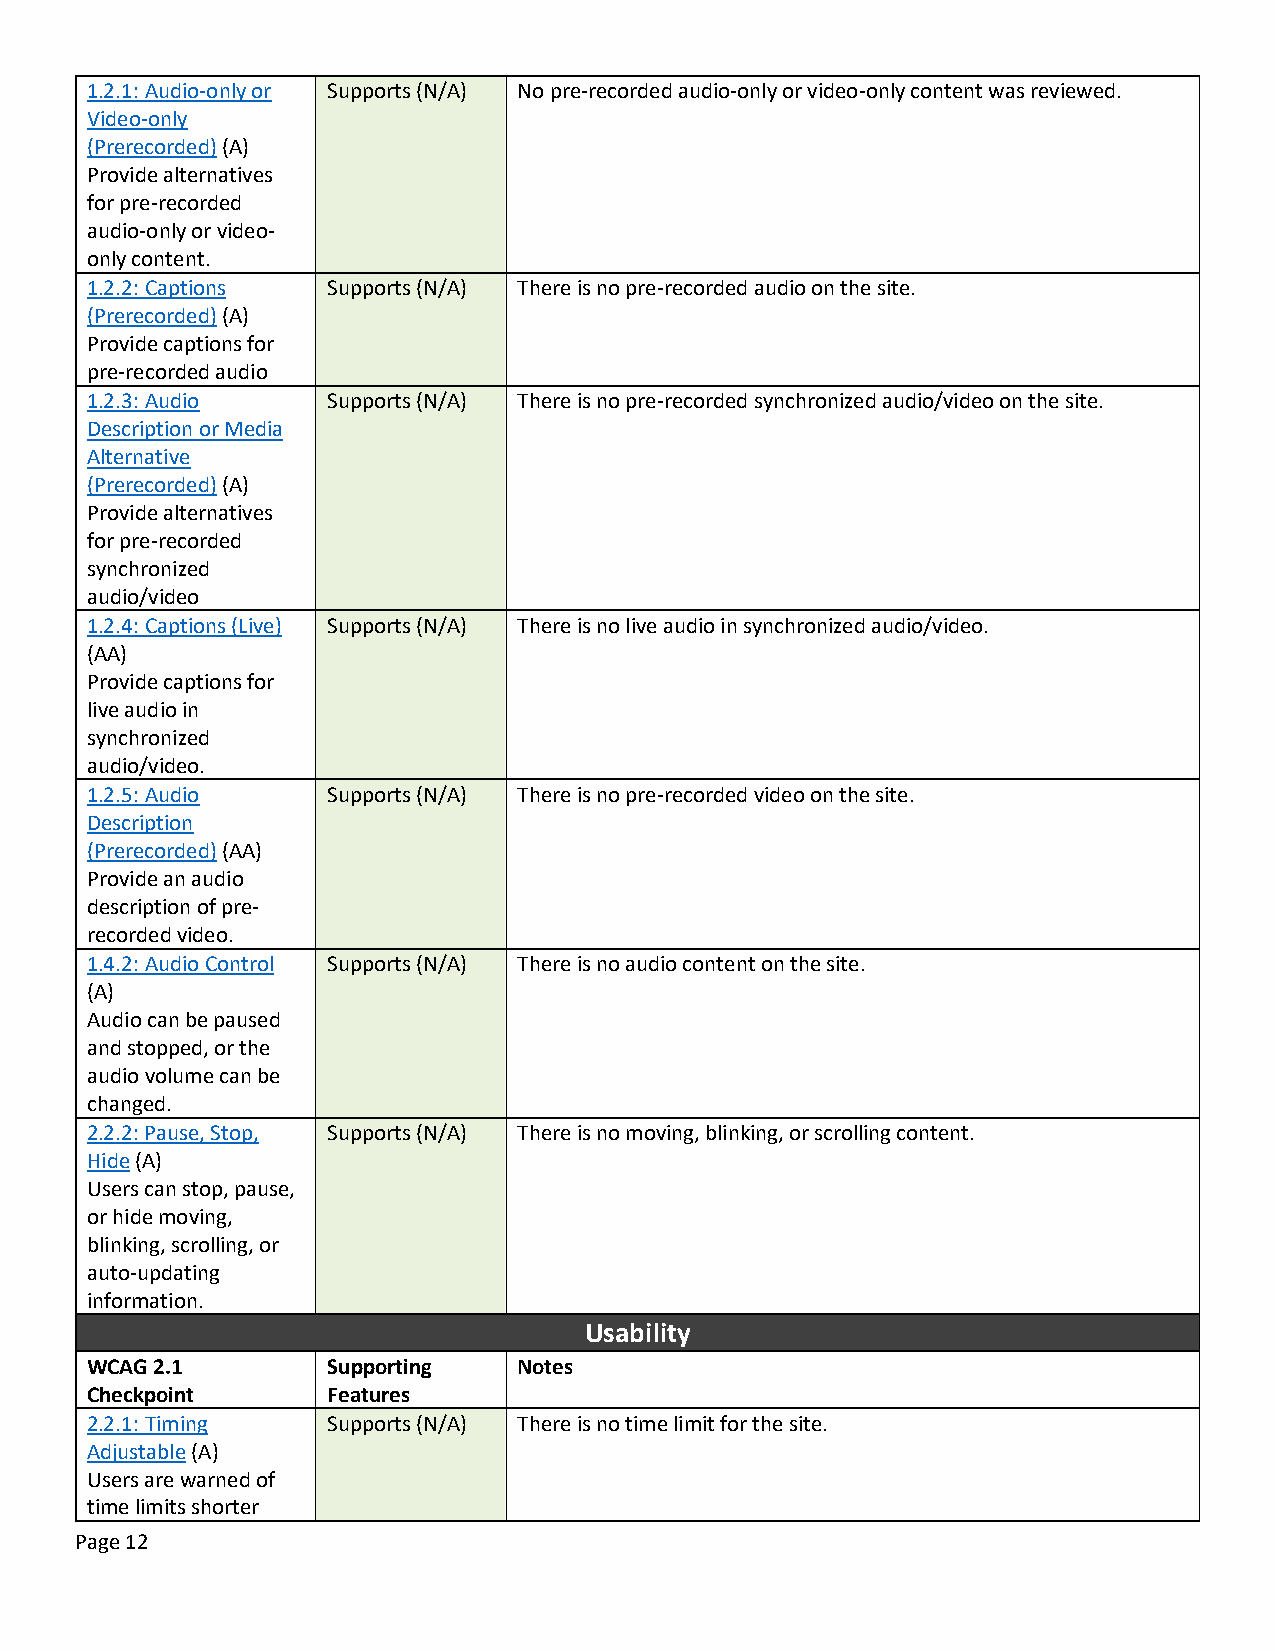
1.2.1: Audio-only or Supports (N/A) No pre-recorded audio-only or video-only content was reviewed.
 Video-only
 (Prerecorded) (A)
 Provide alternatives
 for pre-recorded
 audio-only or video-
 only content.
 1.2.2: Captions Supports (N/A) There is no pre-recorded audio on the site.
 (Prerecorded) (A)
 Provide captions for
 pre-recorded audio
 1.2.3: Audio    Supports (N/A) There is no pre-recorded synchronized audio/video on the site.
 Description or Media
 Alternative
 (Prerecorded) (A)
 Provide alternatives
 for pre-recorded
 synchronized
 audio/video
 1.2.4: Captions (Live) Supports (N/A) There is no live audio in synchronized audio/video.
 (AA)
 Provide captions for
 live audio in
 synchronized
 audio/video.
 1.2.5: Audio    Supports (N/A) There is no pre-recorded video on the site.
 Description
 (Prerecorded) (AA)
 Provide an audio
 description of pre-
 recorded video.
 1.4.2: Audio Control Supports (N/A) There is no audio content on the site.
 (A)
 Audio can be paused
 and stopped, or the
 audio volume can be
 changed.
 2.2.2: Pause, Stop, Supports (N/A) There is no moving, blinking, or scrolling content.
 Hide (A)
 Users can stop, pause,
 or hide moving,
 blinking, scrolling, or
 auto-updating
 information.
 Usability
 WCAG 2.1        Supporting  Notes
 Checkpoint      Features
 2.2.1: Timing   Supports (N/A) There is no time limit for the site.
 Adjustable (A)
 Users are warned of
 time limits shorter
 Page 12